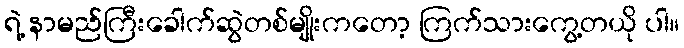
ရဲ့ နာမည်ကြီးခေါက်ဆွဲတစ်မျိုးကတော့ ကြက်သားကွေ့တယို ပါ။